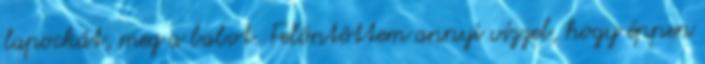
lapockát, meg a babot. Felöntöttem annyi vízzel, hogy éppen